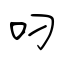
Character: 叼